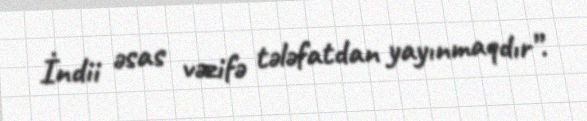
İndii əsas vəzifə tələfatdan yayınmaqdır”.